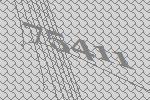
75411